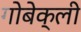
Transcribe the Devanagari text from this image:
गोबेक्ली